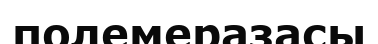
полемеразасы